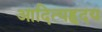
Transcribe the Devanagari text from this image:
आदित्यहृदय